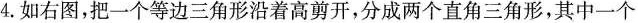
4.如右图，把一个等边三角形沿着高剪开，分成两个直角三角形，其中一个